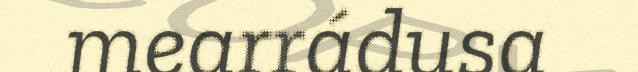
mearrádusa